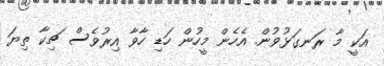
އަކީ މާ ރަނގަޅުވުން. އެހެން މީހުން ހަޑި ހާވާ އިރުވެސް ޗިކާ ތިޔަ